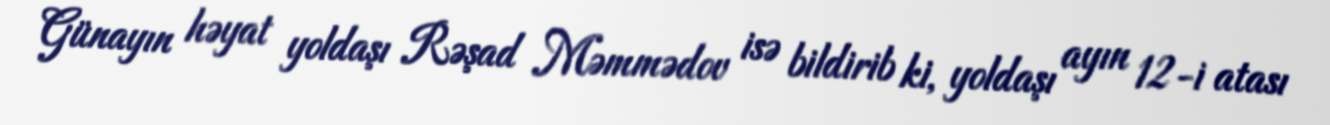
Günayın həyat yoldaşı Rəşad Məmmədov isə bildirib ki, yoldaşı ayın 12-i atası